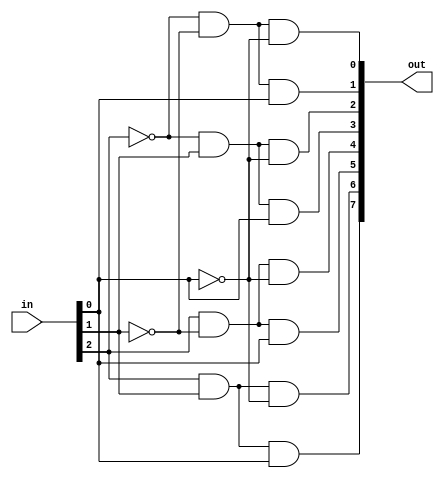
`timescale 1ns / 1ps

module decoder_3x8(
    output [7:0] out,
    input [2:0] in
    );
    
    //always @(*)
    //    begin
    //        out=8'd0;
    //        case (in)
    //            3'b000: out[0]=1'b1;
    //            3'b001: out[1]=1'b1;
    //            3'b010: out[2]=1'b1;
    //            3'b011: out[3]=1'b1;
    //            3'b100: out[4]=1'b1;
    //            3'b101: out[5]=1'b1;
    //            3'b110: out[6]=1'b1;
    //            3'b111: out[7]=1'b1;
    //            default: out=8'd0;
    //        endcase
    //    end
    
    assign out[0] = ~in[2] & ~in[1] & ~in[0];
    assign out[1] = ~in[2] & ~in[1] & in[0];
    assign out[2] = ~in[2] & in[1] & ~in[0];
    assign out[3] = ~in[2] & in[1] & in[0];
    assign out[4] = in[2] & ~in[1] & ~in[0];
    assign out[5] = in[2] & ~in[1] & in[0];
    assign out[6] = in[2] & in[1] & ~in[0];
    assign out[7] = in[2] & in[1] & in[0];
    
endmodule